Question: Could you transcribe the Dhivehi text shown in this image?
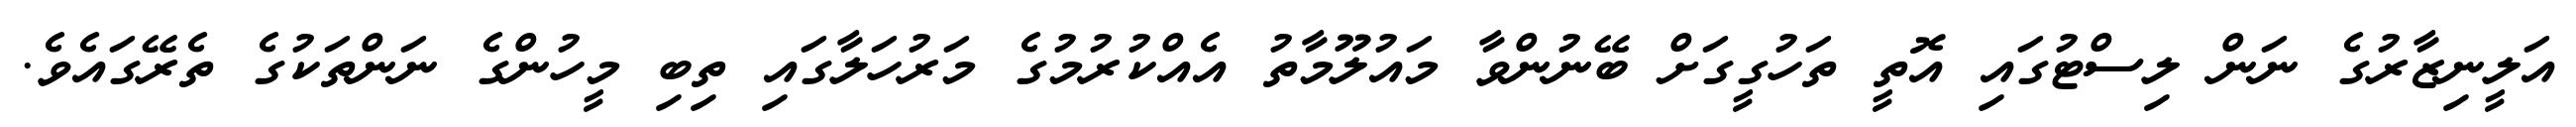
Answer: އަލީނިޒާރުގެ ނަން ލިސްޓުގައި އޮތީ ތަހުގީގަށް ބޭނުންވާ މައުލޫމާތު އެއްކުރުމުގެ މަރުހަލާގައި ތިބި މީހުންގެ ނަންތަކުގެ ތެރޭގައެވެ.